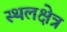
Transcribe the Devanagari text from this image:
स्थलक्षेत्र